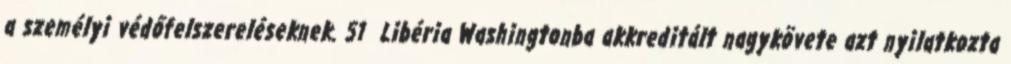
a személyi védőfelszereléseknek. 51 Libéria Washingtonba akkreditált nagykövete azt nyilatkozta